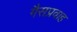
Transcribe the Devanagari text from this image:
गैसप्रवाह